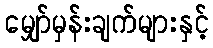
မျှော်မှန်းချက်များနှင့်